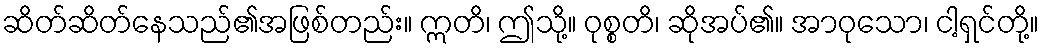
ဆိတ်ဆိတ်နေသည်၏အဖြစ်တည်း။ ဣတိ၊ ဤသို့။ ဝုစ္စတိ၊ ဆိုအပ်၏။ အာဝုသော၊ ငါ့ရှင်တို့။